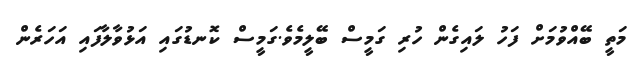
މަތީ ބޭއްވުމަށް ފަހު ލައިގެން ހުރި ގަމީސް ބޭލީމެވެ.ގަމީސް ކޮނޑުގައި އަޅުވާލާފައި އަހަރެން